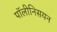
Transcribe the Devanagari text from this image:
पॉलीनिसयन